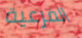
الفرعية